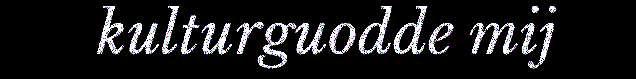
kulturguodde mij